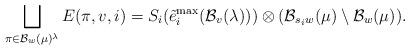
LaTeX: \begin{align*}\bigsqcup_{\pi \in \mathcal{B}_w(\mu)^\lambda} E(\pi, v, i) = S_{i} (\tilde{e}_i^{\max}(\mathcal{B}_v(\lambda))) \otimes (\mathcal{B}_{s_i w}(\mu) \setminus \mathcal{B}_{w}(\mu)). \end{align*}